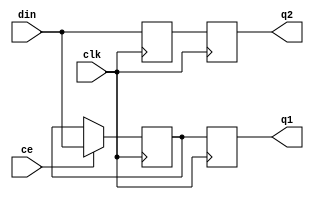
//#############################################################################
//# Function: Dual data rate input buffer (2 cycle delay)                     #
//#############################################################################
//# Author:   Andreas Olofsson                                                #
//# License:  MIT (see LICENSE file in OH! repository)                        # 
//#############################################################################

module oh_iddr #(parameter DW      = 1 // width of data inputs
		 )
   (
    input 		clk, // clock
    input 		ce, // clock enable, set to high to clock in data
    input [DW-1:0] 	din, // data input sampled on both edges of clock
    output reg [DW-1:0] q1, // iddr rising edge sampled data
    output reg [DW-1:0] q2   // iddr falling edge sampled data
    );
   
   //regs("sl"=stable low, "sh"=stable high)
   reg [DW-1:0]     q1_sl;
   reg [DW-1:0]     q2_sh;
   
   // rising edge sample
   always @ (posedge clk)
     if(ce)
       q1_sl[DW-1:0] <= din[DW-1:0];
   
   // falling edge sample
   always @ (negedge clk)
     q2_sh[DW-1:0] <= din[DW-1:0];
   
   // pipeline for alignment
   always @ (posedge clk)
     begin
	q1[DW-1:0] <= q1_sl[DW-1:0];
	q2[DW-1:0] <= q2_sh[DW-1:0];
     end
            
endmodule // oh_iddr